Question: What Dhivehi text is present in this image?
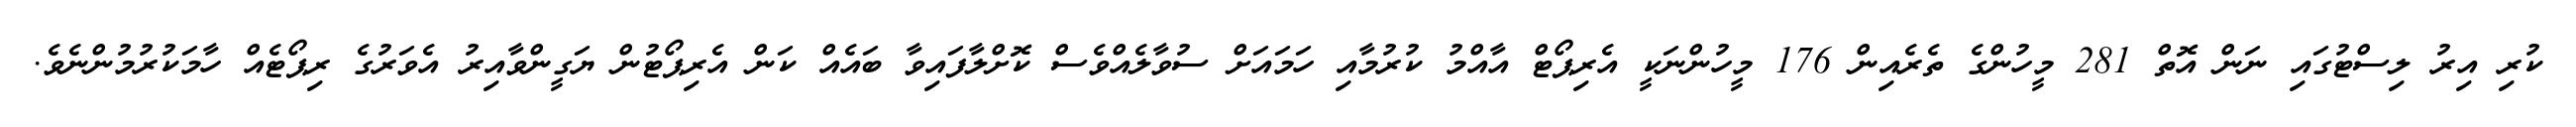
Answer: ކުރި އިރު ލިސްޓުގައި ނަން އޮތް 281 މީހުންގެ ތެރެއިން 176 މީހުންނަކީ އެރިޕޯޓް އާއްމު ކުރުމާއި ހަމައަށް ސުވާލެއްވެސް ކޮށްލާފައިވާ ބައެއް ކަން އެރިޕޯޓުން ޔަގީންވާއިރު އެވަރުގެ ރިޕޯޓެއް ހާމަކުރުމުންނެވެ.